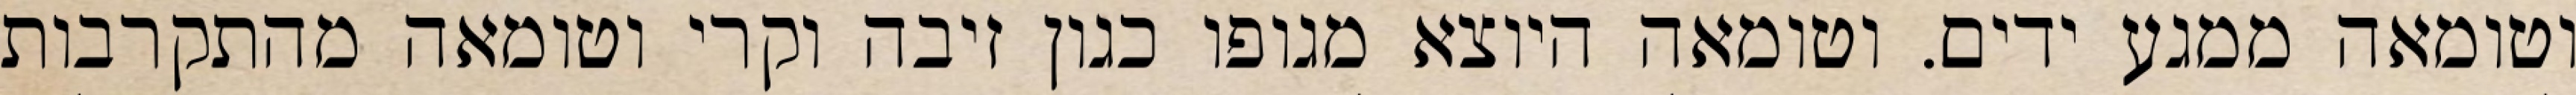
וטומאה ממגע ידים. וטומאה היוצא מגופו כגון זיבה וקרי וטומאה מהתקרבות